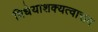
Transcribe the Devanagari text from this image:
विधेयाशक्यत्वात्तव